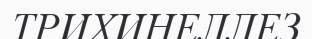
ТРИХИНЕЛЛЕЗ